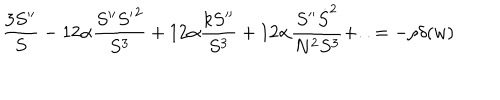
LaTeX: \frac { 3 S ^ { \prime \prime } } { S } - 1 2 \alpha \frac { S ^ { \prime \prime } { S ^ { \prime } } ^ { 2 } } { S ^ { 3 } } + 1 2 \alpha \frac { k S ^ { \prime \prime } } { S ^ { 3 } } + 1 2 \alpha \frac { S ^ { \prime \prime } \dot { S } ^ { 2 } } { N ^ { 2 } S ^ { 3 } } + . . = - \rho \delta ( w )